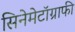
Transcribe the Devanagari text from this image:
सिनेमेटॉग्राफी